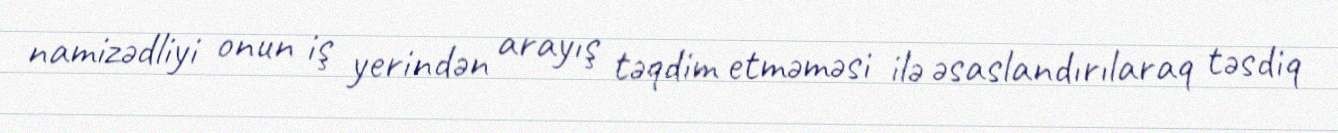
namizədliyi onun iş yerindən arayış təqdim etməməsi ilə əsaslandırılaraq təsdiq